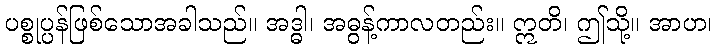
ပစ္စုပ္ပန်ဖြစ်သောအခါသည်။ အဒ္ဓါ၊ အဓွန့်ကာလတည်း။ ဣတိ၊ ဤသို့။ အာဟ၊